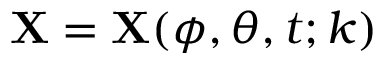
\mathbf { X } = \mathbf { X } ( \phi , \theta , t ; k )